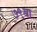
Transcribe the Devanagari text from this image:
७९वा